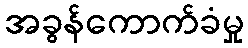
အခွန်ကောက်ခံမှု